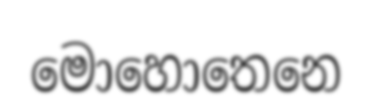
මොහොතෙනෙ